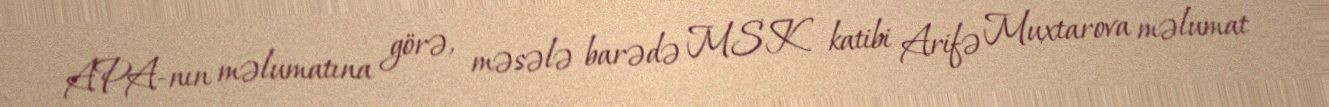
APA-nın məlumatına görə, məsələ barədə MSK katibi Arifə Muxtarova məlumat